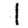
Digit: 1